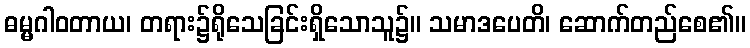
ဓမ္မဂါဝတာယ၊ တရား၌ရိုသေခြင်းရှိသောသူ၌။ သမာဒပေတိ၊ ဆောက်တည်စေ၏။